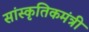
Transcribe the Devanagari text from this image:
सांस्कृतिकमंत्री